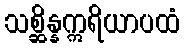
သစ္ဆိန္နဣရိယာပထံ